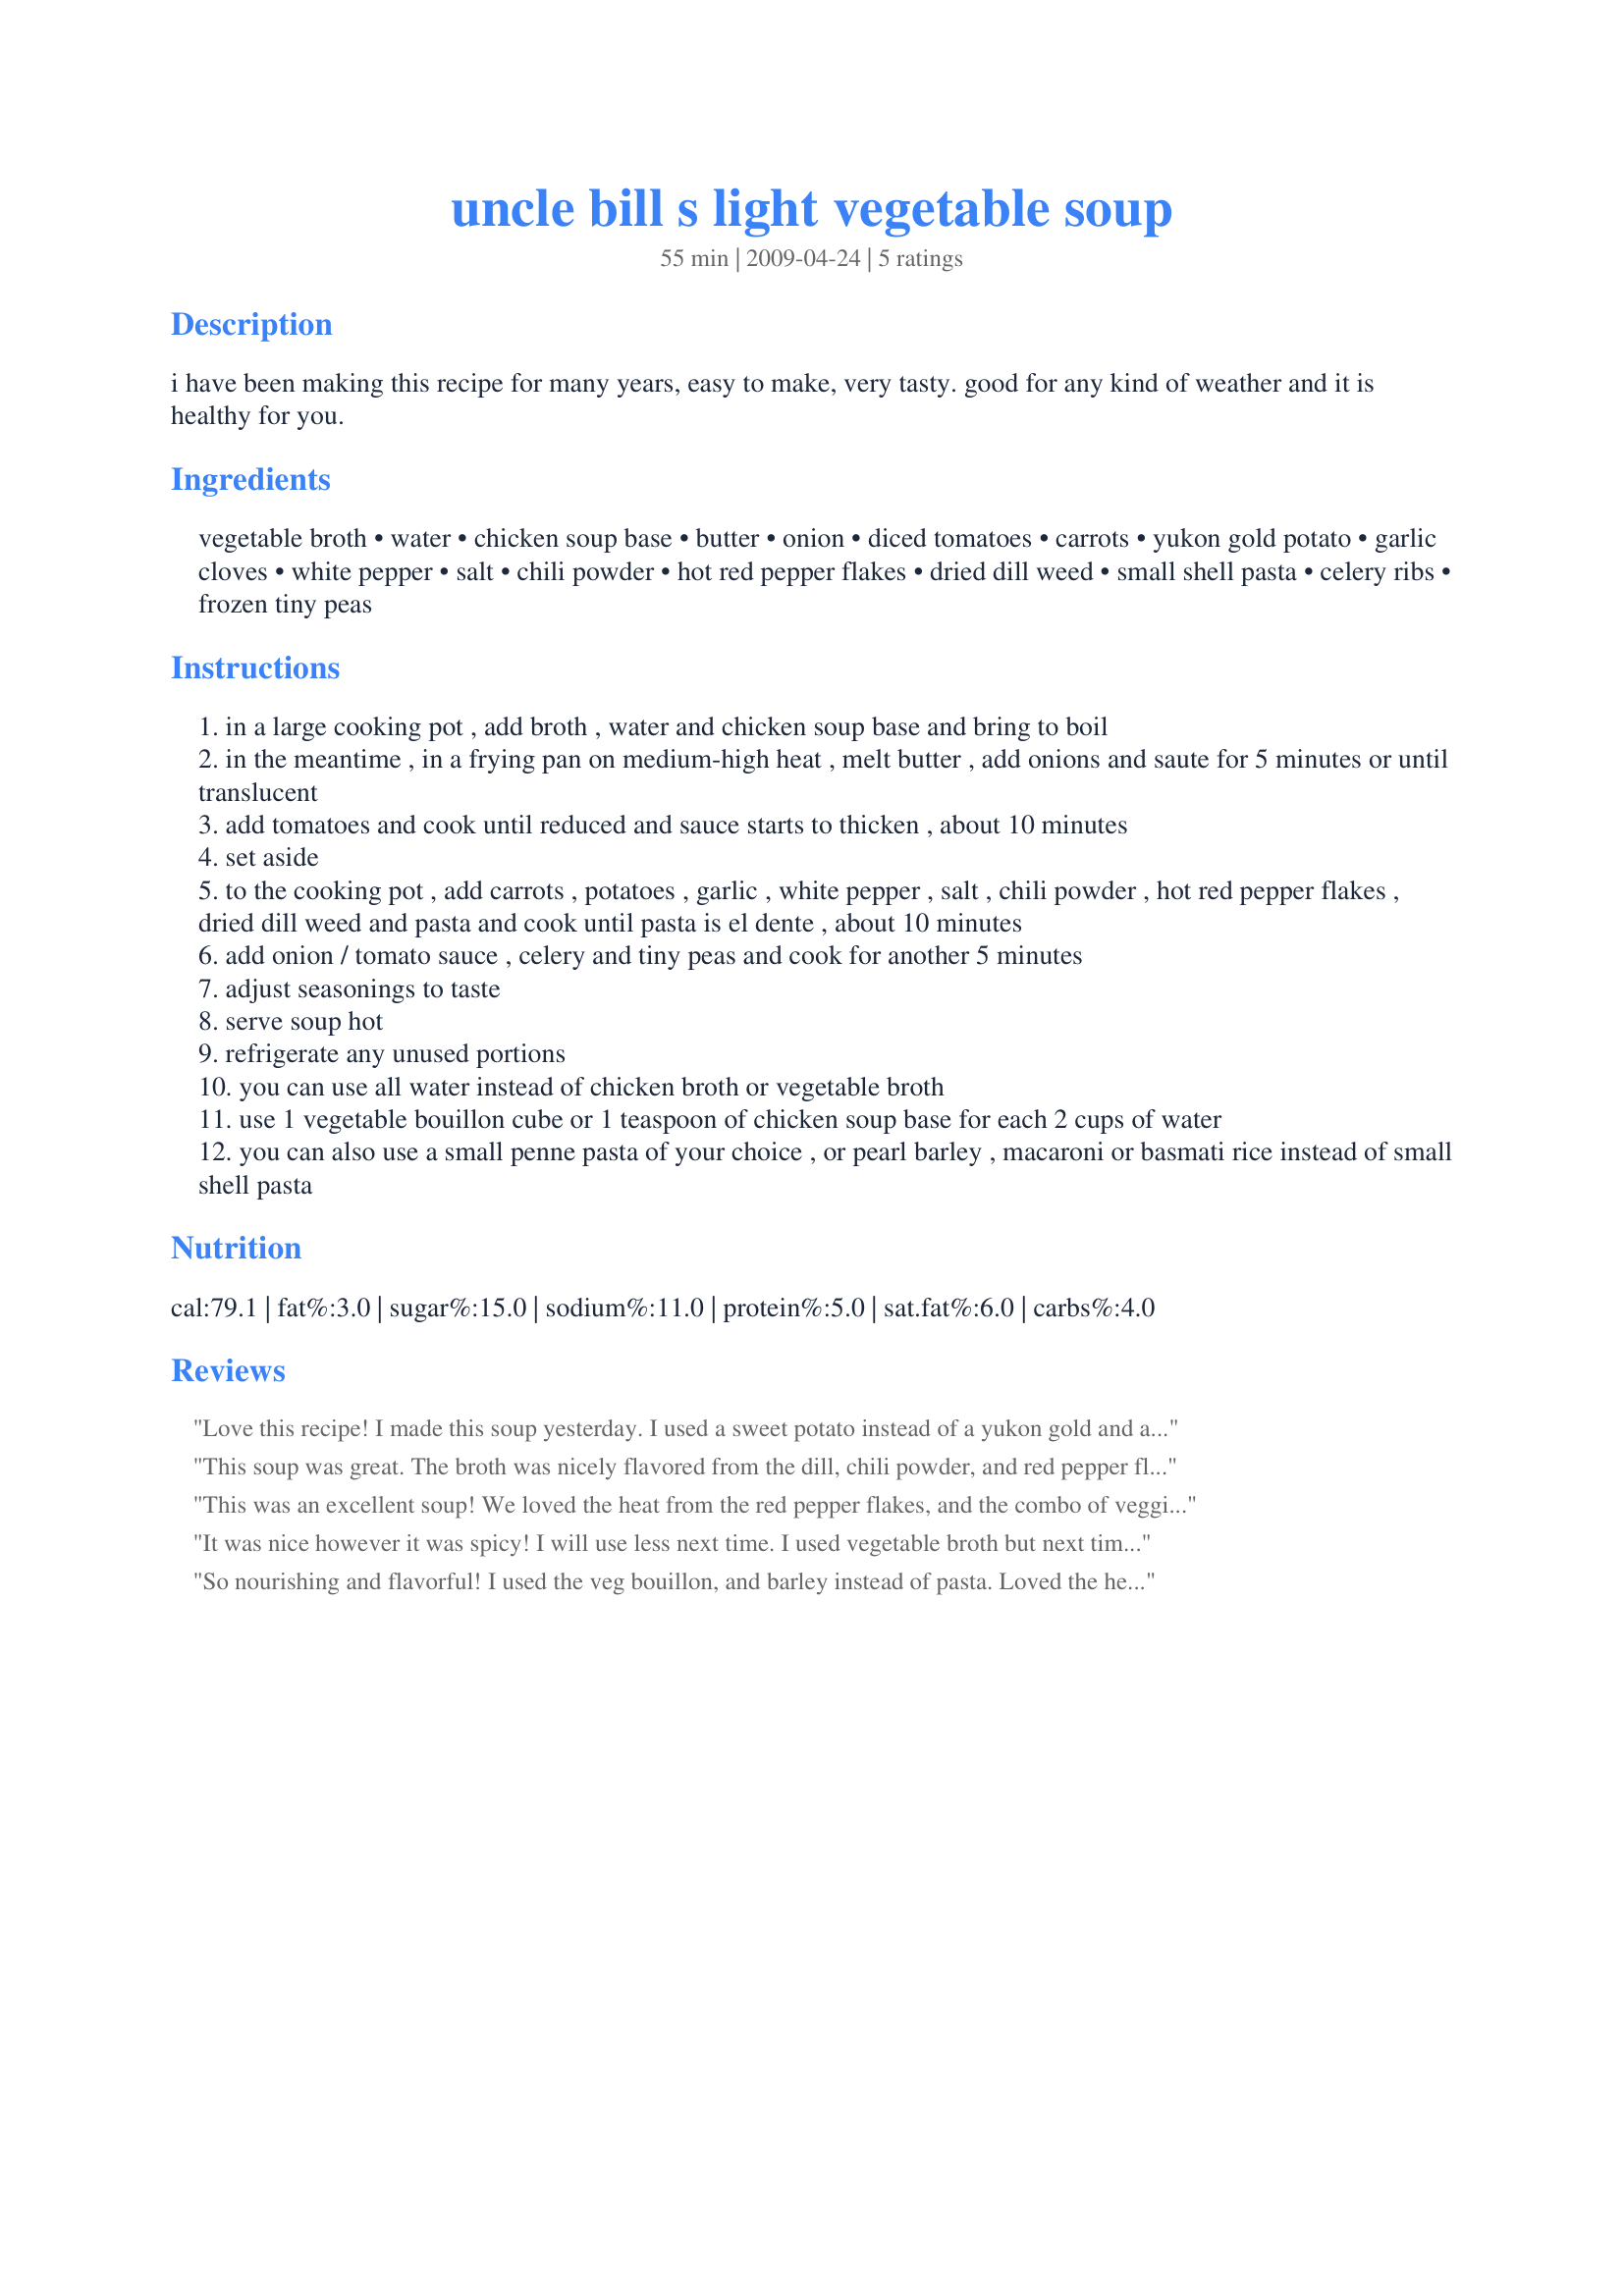
uncle bill s light vegetable soup
Preparation time: 55 minutes

i have been making this recipe for many years, easy to make, very tasty.
good for any kind of weather and it is healthy for you.

Ingredients:
vegetable broth, water, chicken soup base, butter, onion, diced tomatoes, carrots, yukon gold potato, garlic cloves, white pepper, salt, chili powder, hot red pepper flakes, dried dill weed, small shell pasta, celery ribs, frozen tiny peas

Steps:
in a large cooking pot , add broth , water and chicken soup base and bring to boil
in the meantime , in a frying pan on medium-high heat , melt butter , add onions and saute for 5 minutes or until translucent
add tomatoes and cook until reduced and sauce starts to thicken , about 10 minutes
set aside
to the cooking pot , add carrots , potatoes , garlic , white pepper , salt , chili powder , hot red pepper flakes , dried dill weed and pasta and cook until pasta is el dente , about 10 minutes
add onion / tomato sauce , celery and tiny peas and cook for another 5 minutes
adjust seasonings to taste
serve soup hot
refrigerate any unused portions
you can use all water instead of chicken broth or vegetable broth
use 1 vegetable bouillon cube or 1 teaspoon of chicken soup base for each 2 cups of water
you can also use a small penne pasta of your choice , or pearl barley , macaroni or basmati rice instead of small shell pasta

Reviews:
Love this recipe! I made this soup yesterday. I used a sweet potato instead of a yukon gold and added zucchini. I used tarragon and sage in place of dill. The soup turned out great!!!!!
This soup was great. The broth was nicely flavored from the dill, chili powder, and red pepper flakes, which also gave it a bit of heat. Only change was to saute the celery early with the onion so that it would soften completely. Thanks, Uncle Bill! [Made for Best of 2011 Tag Game]
This was an excellent soup! We loved the heat from the red pepper flakes, and the combo of veggies and pasta was delicious. I omitted the optional chili powder, salt (personal preference) and used corn-quinoa blend pasta shells and low-sodium chicken broth. Thanks for sharing!
It was nice however it was spicy!
I will use less next time. I used vegetable broth but next time i will use chicken. Thanks for posting.
Justine
So nourishing and flavorful! I used the veg bouillon, and barley instead of pasta. Loved the heat kick and the absence of fat!
